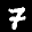
Label: 7